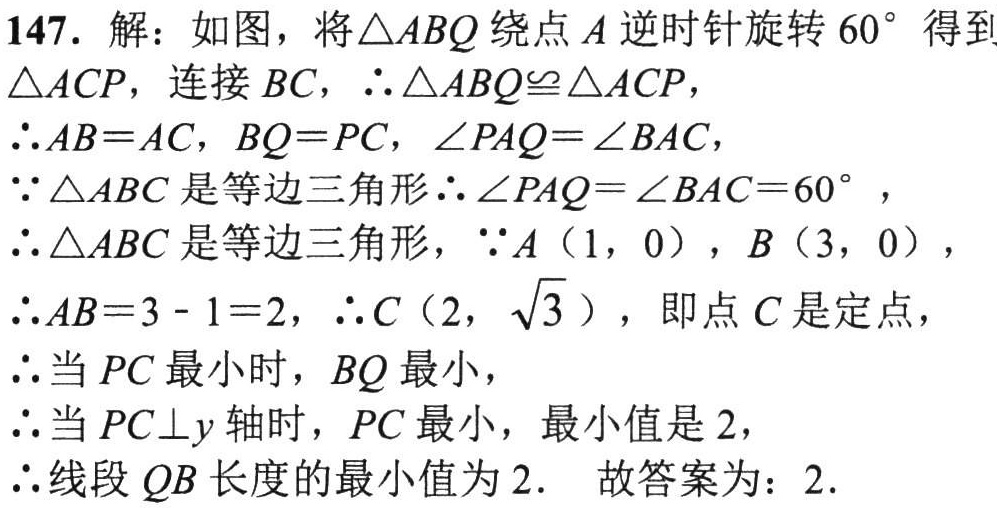
147. 解：如图，将\(\triangle ABQ\)绕点\(A\)逆时针旋转\(60^{\circ}\)得到\(\triangle ACP\)，连接\(BC\)，\(\therefore\triangle ABQ\cong\triangle ACP\)，

\(\therefore AB = AC\)，\(BQ = PC\)，\(\angle PAQ=\angle BAC\)，

\(\because\triangle ABC\)是等边三角形\(\therefore\angle PAQ=\angle BAC = 60^{\circ}\)，

\(\therefore\triangle ABC\)是等边三角形，\(\because A(1,0)\)，\(B(3,0)\)，

\(\therefore AB=3 - 1 = 2\)，\(\therefore C(2,\sqrt{3})\)，即点\(C\)是定点，

\(\therefore\)当\(PC\)最小时，\(BQ\)最小，

\(\therefore\)当\(PC\perp y\)轴时，\(PC\)最小，最小值是\(2\)，

\(\therefore\)线段\(QB\)长度的最小值为\(2\). 故答案为：\(2\).